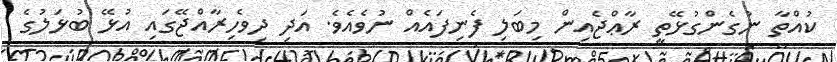
ކުއްތާ ނުގެންގުޅޭތީ ރާޢްޖެއިން މިބަލި ފެނިފައެއް ނުވެއެވެ. އަދި ދިވެހިރާއްޖޭގައި އުޅޭ ބުޅަލުގެ